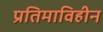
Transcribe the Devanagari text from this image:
प्रतिमाविहीन